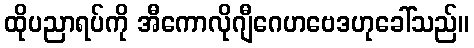
ထိုပညာရပ်ကို အီကောလိုဂျီဂေဟဗေဒဟုခေါ်သည်။